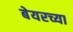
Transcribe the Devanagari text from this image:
बेयरच्या